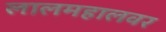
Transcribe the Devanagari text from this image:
लालमहालवर